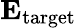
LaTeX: \mathbf{E}_{\mathrm{target}}